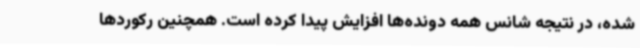
شده، در نتیجه شانس همه دونده‌ها افزایش پیدا کرده است. همچنین رکوردها